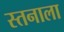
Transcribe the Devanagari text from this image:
स्तनाला